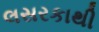
લસરકાથી